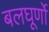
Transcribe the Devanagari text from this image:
बलघूर्णो